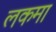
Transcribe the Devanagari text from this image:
लकमा